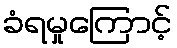
ခံရမှုကြောင့်